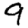
Digit: 9